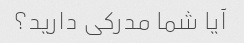
آیا شما مدرکی دارید؟